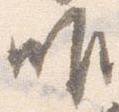
唯